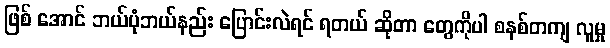
ဖြစ် အောင် ဘယ်ပုံဘယ်နည်း ပြောင်းလဲရင် ရတယ် ဆိုတာ တွေကိုပါ စနစ်တကျ လူမှု